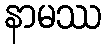
နာမဿ